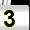
Digit: 3